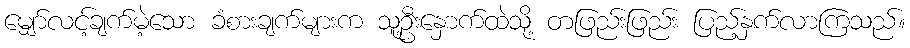
မျှော်လင့်ချက်မဲ့သော ခံစားချက်များက သူ့ဦးနှောက်ထဲသို့ တဖြည်းဖြည်း ပြည့်နှက်လာကြသည်။